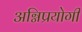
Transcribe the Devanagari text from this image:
अग्निप्रयोगी